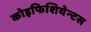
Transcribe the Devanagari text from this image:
कोइफिशियेन्‍टस